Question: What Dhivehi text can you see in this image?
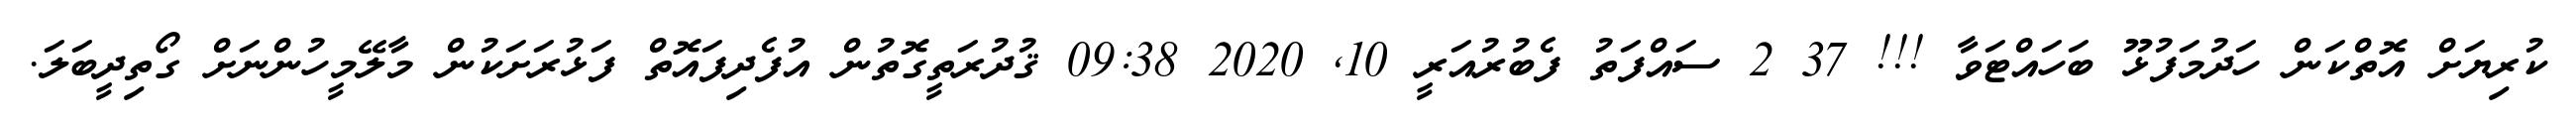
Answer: ކުރިޔަށް އޮތްކަން ހަދުމަފުޅޫ ބަހައްޓަވާ !!! 37 2 ސައްފަތު ފެބުރުއަރީ 10, 2020 09:38 ޤުދުރަތީގޮތުން އުފެދިފައޮތް ފަޅުރަށަކުން މާލޭމީހުންނަށް ގޯތިދީބަލަ.